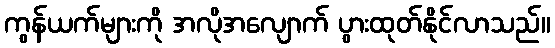
ကွန်ယက်များကို အလိုအလျောက် ပွားထုတ်နိုင်လာသည်။